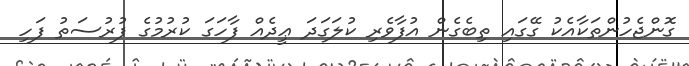
ގޮންޖެހުންތަކާއެކު ގޭގައި ތިބެގެން އުފާވެރި ކުލަގަދަ ޢީދެއް ފާހަގަ ކުރުމުގެ ފުރުސަތު ފަހި